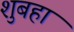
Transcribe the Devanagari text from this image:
शुबहा